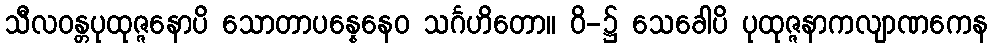
သီလဝန္တပုထုဇ္ဇနောပိ သောတာပန္နေနေဝ သင်္ဂဟိတော။ ဝိ-၌ သေခေါပိ ပုထုဇ္ဇနာကလျာဏကေန